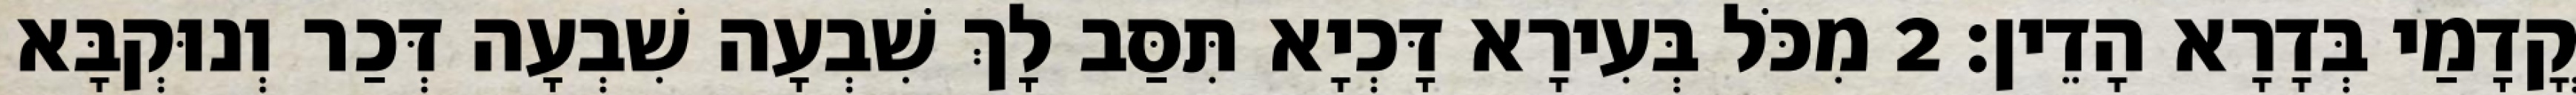
קֳדָמַי בְּדָרָא הָדֵין׃ 2 מִכֹּל בְּעִירָא דָּכְיָא תִּסַּב לָךְ שִׁבְעָה שִׁבְעָה דְּכַר וְנוּקְבָּא